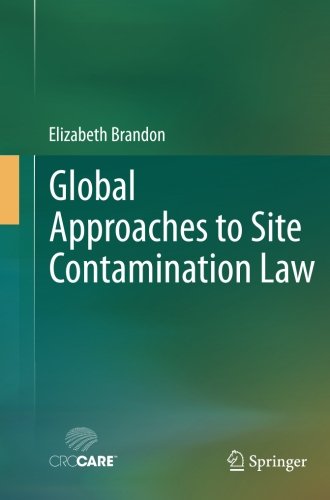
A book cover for Global Approaches to Site Contamination Law; Elizabeth Brandon; Law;